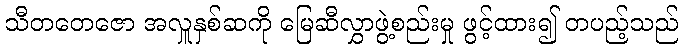
သီတတေဇော အလှူနှစ်ဆကို မြေဆီလွှာဖွဲ့စည်းမှု ဖွင့်ထား၍ တပည့်သည်